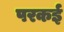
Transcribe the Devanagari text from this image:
परकई